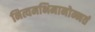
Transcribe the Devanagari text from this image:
नित्यमभिमानोन्नतं